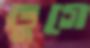
ভুগে